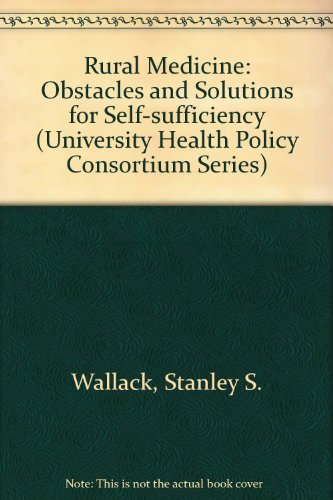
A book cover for Rural Medicine: Obstacles and Solutions for Self-Sufficiency (University Health Policy Consortium Series); Stanley Wallack; Medical Books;